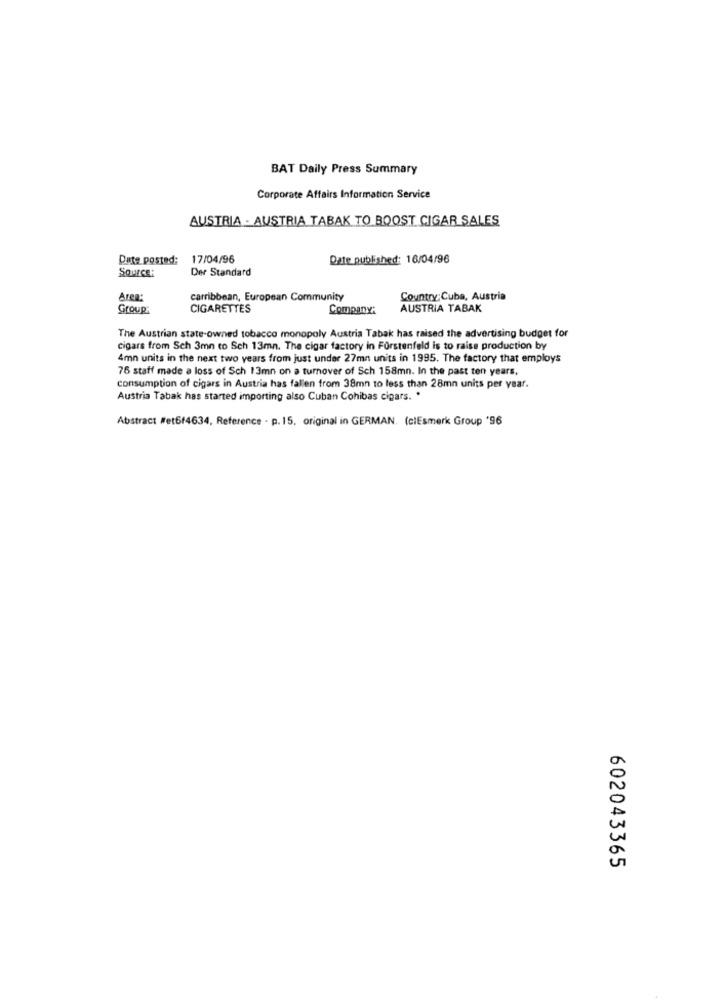
BAT Daily Press Summary
Corporate Affairs Information Service
AUSTRIA - AUSTRIA TABAK TO BOOST CIGAR SALES
Date posted: 17/04/96
Date published: 16/04/96
SOURCE:
Der Standard
Area:
carribbean, European Community
Country: Cuba, Austria
Group:
CIGARETTES
Company:
AUSTRIA TABAK
The Austrian state-owned tobacco monopoly Austria Tabak has raised the advertising budget for
cigars from Sch 3mn to Sch 13mn. The cigar factory in Fürstenfeld is to raise production by
4mn units in the next two years from just under 27mn units in 1995. The factory that employs
76 staff made a loss of Sch 13mn on a turnover of Sch 158mn. In the past ten years,
consumption of cigars in Austria has fallen from 38mn to less than 28mn units per year.
Austria Tabak has started importing also Cuban Cohibas cigars. .
Abstract #et6f4634, Reference - p.15, original in GERMAN. (clEsmerk Group '96
602043365